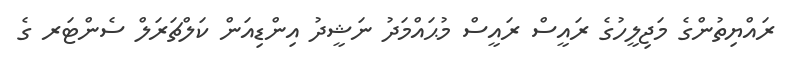
ރައްޔިތުންގެ މަޖިލީހުގެ ރައީސް ރައީސް މުޙައްމަދު ނަޝީދު އިންޑިއަން ކަލްޗަރަލް ސެންޓަރ ގެ